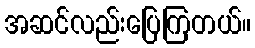
အဆင်လည်းပြေကြတယ်။